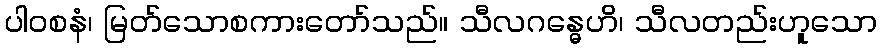
ပါဝစနံ၊ မြတ်သောစကားတော်သည်။ သီလဂန္ဓေဟိ၊ သီလတည်းဟူသော